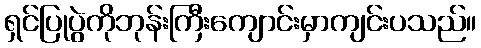
ရှင်ပြုပွဲကိုဘုန်းကြီးကျောင်းမှာကျင်းပသည်။